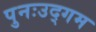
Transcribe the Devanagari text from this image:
पुनःउद्गम